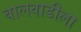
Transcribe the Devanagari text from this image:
बालवाडीला